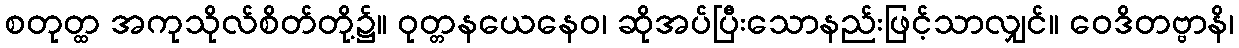
စတုတ္ထ အကုသိုလ်စိတ်တို့၌။ ဝုတ္တနယေနေဝ၊ ဆိုအပ်ပြီးသောနည်းဖြင့်သာလျှင်။ ဝေဒိတဗ္ဗာနိ၊